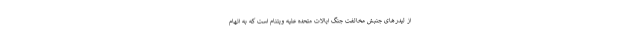
از لیدرهای جنبش مخالفت جنگ ایالات متحده علیه ویتنام است که به اتهام